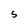
Character: S